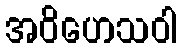
အဝိဟေသဝါ